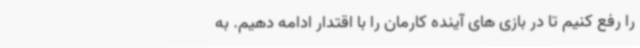
را رفع کنیم تا در بازی های آینده کارمان را با اقتدار ادامه دهیم. به